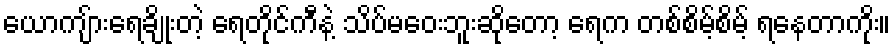
ယောကျ်ားရေချိုးတဲ့ ရေတိုင်ကီနဲ့ သိပ်မဝေးဘူးဆိုတော့ ရေက တစ်စိမ့်စိမ့် ရနေတာကိုး။